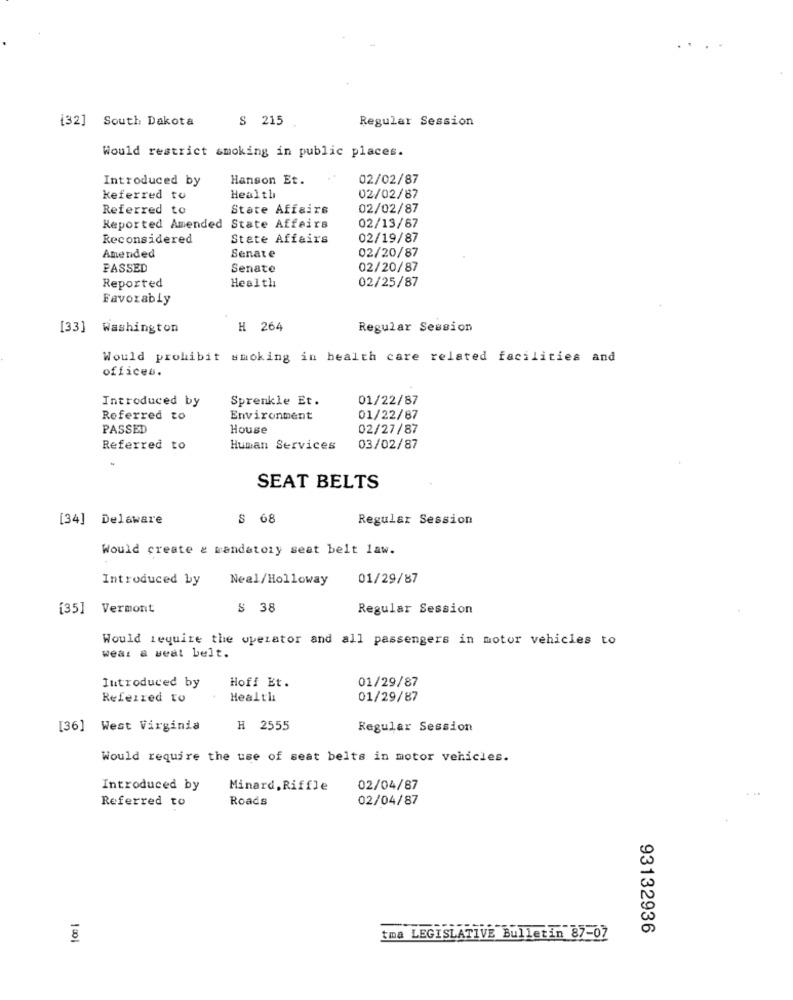
[32] South Dakota
S 215
Regular Session
Would restrict smoking in public places.
Introduced by
Hanson Et.
02/02/87
keferred to
Health
02/02/87
Referred to
State Affairs
02/02/87
Reported Amended State Affairs
02/13/67
Reconsidered
Stete Affairs
02/19/87
Amended
02/20/87
Senate
PASSED
Senate
02/20/87
Health
02/25/87
Reported
Favorably
[33] Washington
H 264
Regular Session
Would prohibit smoking in health care related facilities and
offices.
Introduced by
Sprenkle Et.
01/22/87
Referred to
Environment
01/22/87
PASSED
House
02/27/87
Referred to
Human Services
03/02/87
SEAT BELTS
[34] Delaware
S 68
Regular Session
Would create & mandatory seat belt law.
Introduced by
Neal/Holloway
01/29/87
[35] Vermont
$ 38
Regular Session
Would require the operator and all passengers in motor vehicles to
wear a seat belt.
Introduced by
01/29/87
Hoff Et.
Referred to
Health
01/29/87
[36] West Virginia
H 2555
Regular Session
Would require the use of seat belts in motor vehicles.
Introduced by
Minard, Riffle
02/04/87
Referred to
Roads
02/04/87
93132936
1001
tma LEGISLATIVE Bulletin 87-07